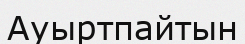
Ауыртпайтын